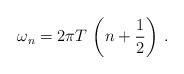
LaTeX: \begin{align*}\omega_n = 2 \pi T \,\left( n + {1 \over 2} \right) \,.\end{align*}